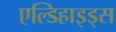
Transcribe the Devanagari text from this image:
एल्डिहाइड्स